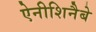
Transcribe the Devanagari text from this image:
ऐनीशिनैबे